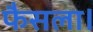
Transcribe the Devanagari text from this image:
फैसला।